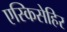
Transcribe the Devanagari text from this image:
एस्किसेहिर